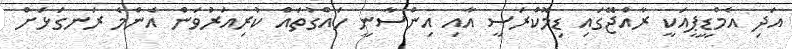
އަދި އެމްޑީޕީއަކީ ރާއްޖޭގައި ޑިމޮކްރަސީ އާއި އިންސާނީ ހައްގުތައް ކުރިއަރުވަން އެންމެ ރަނގަޅަށް